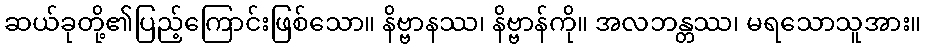
ဆယ်ခုတို့၏ပြည့်ကြောင်းဖြစ်သော။ နိဗ္ဗာနဿ၊ နိဗ္ဗာန်ကို။ အလဘန္တဿ၊ မရသောသူအား။